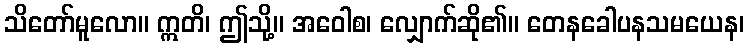
သိတော်မူလော။ ဣတိ၊ ဤသို့။ အဝေါစ၊ လျှောက်ဆို၏။ တေနခေါပနသမယေန၊